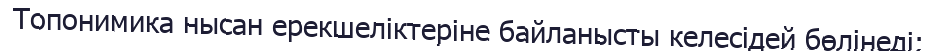
Топонимика нысан ерекшеліктеріне байланысты келесідей бөлінеді: